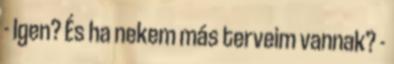
- Igen? És ha nekem más terveim vannak? -